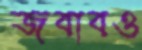
জবাবও